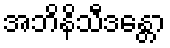
အဘိနိသီဒန္တော